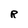
Character: R